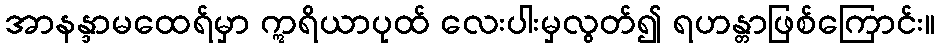
အာနန္ဒာမထေရ်မှာ ဣရိယာပုထ် လေးပါးမှလွတ်၍ ရဟန္တာဖြစ်ကြောင်း။